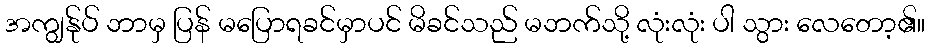
အကျွန်ုပ် ဘာမှ ပြန် မပြောရခင်မှာပင် မိခင်သည် မဘက်သို့ လုံးလုံး ပါ သွား လေတော့၏။